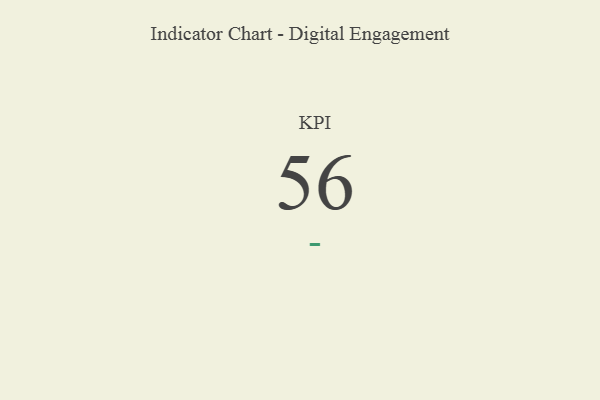
{"axis": {"x": "KPI", "y": "Value"}, "legend": [""], "data": [{"x": "KPI", "y": 56, "type": ""}]}